Plague in India, 1896, 1897 - Volume 3
Year: 1896
Disease focus: Plague
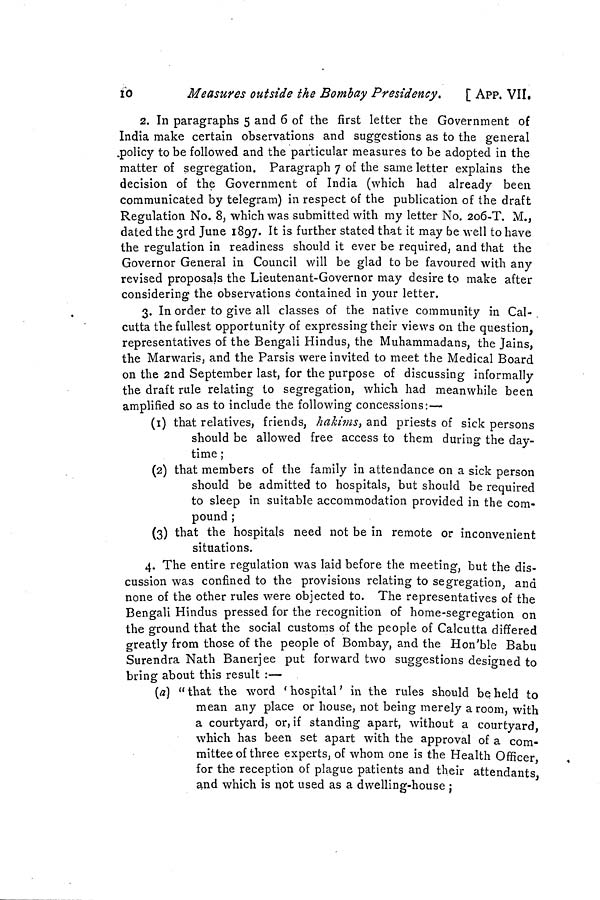
10
Measures outside the Bombay Presidency.
[ APP. VII.
2. In paragraphs 5 and 6 of the first letter the Government of
India make certain observations and suggestions as to the general
policy to be followed and the particular measures to be adopted in the
matter of segregation. Paragraph 7 of the same letter explains the
decision of the Government of India (which had already been
communicated by telegram) in respect of the publication of the draft
Regulation No. 8, which was submitted with my letter No. 206-T. M.,
dated the 3rd June 1897. It is further stated that it may be well to have
the regulation in readiness should it ever be required, and that the
Governor General in Council will be glad to be favoured with any
revised proposals the Lieutenant-Governor may desire to make after
considering the observations contained in your letter.
3. In order to give all classes of the native community in Cal-
cutta the fullest opportunity of expressing their views on the question,
representatives of the Bengali Hindus, the Muhammadans, the Jains,
the Marwaris, and the Parsis were invited to meet the Medical Board
on the 2nd September last, for the purpose of discussing informally
the draft rule relating to segregation, which had meanwhile been
amplified so as to include the following concessions:—
(1) that relatives, friends, hakims, and priests of sick persons
should be allowed free access to them during the day-
time ;
(2) that members of the family in attendance on a sick person
should be admitted to hospitals, but should be required
to sleep in suitable accommodation provided in the com-
pound ;
(3) that the hospitals need not be in remote or inconvenient
situations.
4. The entire regulation was laid before the meeting, but the dis-
cussion was confined to the provisions relating to segregation, and
none of the other rules were objected to. The representatives of the
Bengali Hindus pressed for the recognition of home-segregation on
the ground that the social customs of the people of Calcutta differed
greatly from those of the people of Bombay, and the Hon'ble Babu
Surendra Nath Banerjee put forward two suggestions designed to
bring about this result :—
(a) "that the word 'hospital' in the rules should beheld to
mean any place or house, not being merely a room, with
a courtyard, or, if standing apart, without a courtyard,
which has been set apart with the approval of a com-
mittee of three experts, of whom one is the Health Officer
for the reception of plague patients and their attendants
and which is not used as a dwelling-house ;